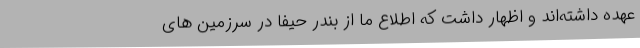
عهده داشته‌اند و اظهار داشت که اطلاع ما از بندر حیفا در سرزمین های